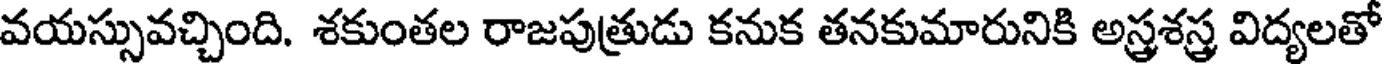
వయస్సువచ్చింది. శకుంతల రాజపుత్రుడు కనుక తనకుమారునికి అస్త్రశస్త్ర విద్యలతో